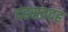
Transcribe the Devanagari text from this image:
दहसवदह